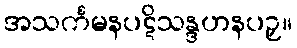
အသင်္ကမနပဋိသန္ဒဟနပဉှ။